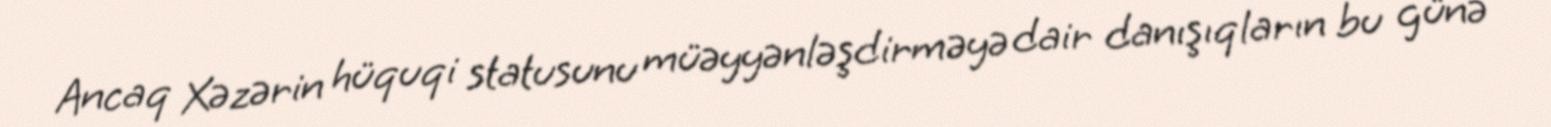
Ancaq Xəzərin hüquqi statusunu müəyyənləşdirməyə dair danışıqların bu günə